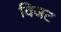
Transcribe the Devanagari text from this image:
विजट